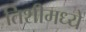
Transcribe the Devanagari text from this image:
तिशीमध्ये